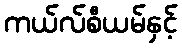
ကယ်လ်စီယမ်နှင့်